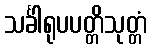
သင်္ခါရုပပတ္တိသုတ္တံ